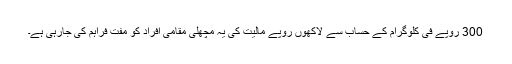
300 روپے فی کلوگرام کے حساب سے لاکھوں روپے مالیت کی یہ مچھلی مقامی افراد کو مفت فراہم کی جارہی ہے۔